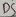
Text: D4